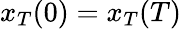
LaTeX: x_{T}(0)=x_{T}(T)